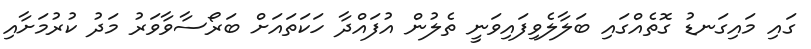
ގައި މައިގަނޑު ގޮތެއްގައި ބަލާލެވިފައިވަނީ ތެލުން އުފައްދާ ހަކަތައަށް ބަރޯސާވާވަރު މަދު ކުރުމަށާއި